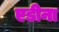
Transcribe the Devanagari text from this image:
एडीना